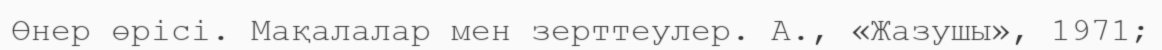
Өнер өрісі. Мақалалар мен зерттеулер. А., «Жазушы», 1971;